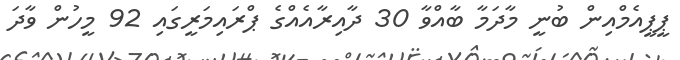
ޕީޕީއެމްއިން ބުނީ މާދަމާ ބާއްވާ 30 ދާއިރާއެއްގެ ޕްރައިމަރީގައި 92 މީހުން ވާދަ